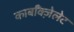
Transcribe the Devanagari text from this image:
कार्बॉक्ज़ेलेट